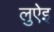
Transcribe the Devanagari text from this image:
लुऐइ